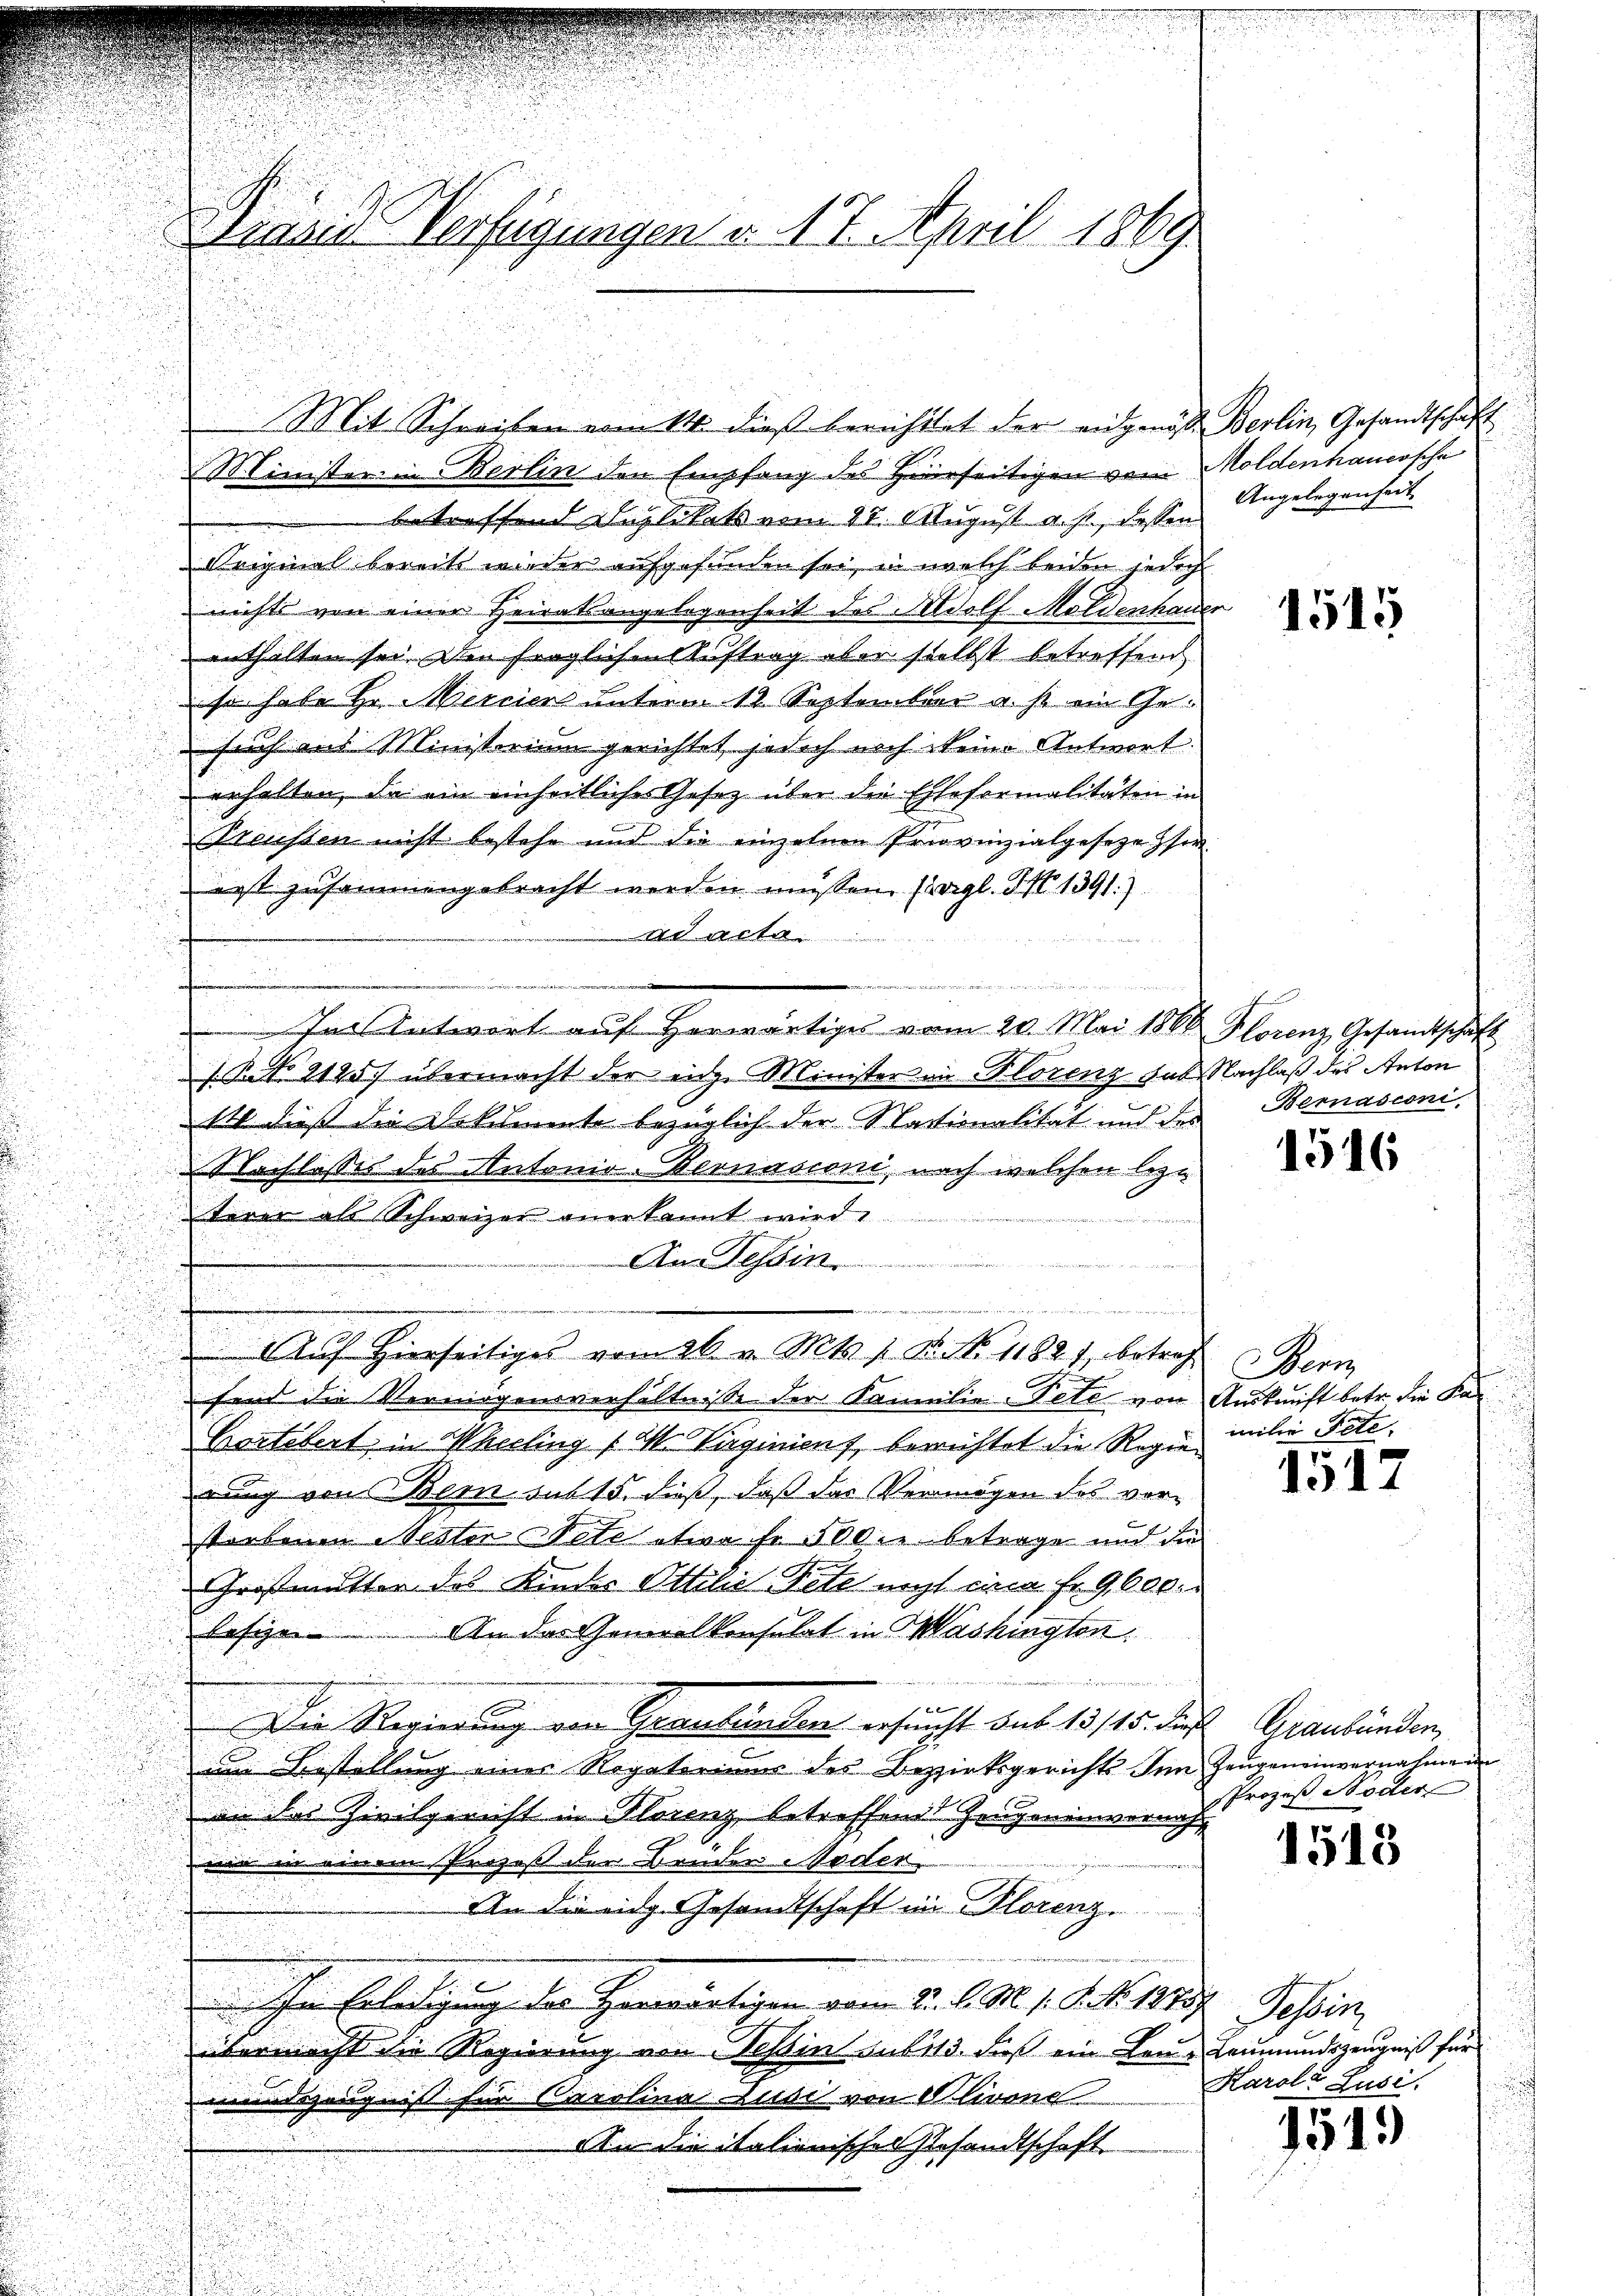
Mit Schreiben vom 14. dieß berichttet der eidgenöss. Berlin, Gesandtschaft
MMinister in Berlin den Empfang des Hierseitigen vom Moldenhauersche
betreffend Duplikats vom 28. August a. p., dessen
Original bereits wieder aufgefunden sei, in welch beiden jedoch
nichts von einer Heiratsangelegenheit des Adolf Moldenhauer
enthalten sei. Den fraglichen Auftrag aber selbst betreffend
so habe Hr. Mercier unterm 12. September a. s. ein Gesuch aus Ministerium gerichtet, jedoch noch keine Antwort.
erhalten, da ein einheitliches Gesetz über die Ehleformalitäten in
Preussen nicht bestehe und die einzelnen Priovinzialgeseze hererst zusammengebracht werden müssen. (vgl. S. 1391.)

t
u
n
In Antwort auf herwärtiges vom 20. Mai 1866 Florenz Gesandtschaft
NNo. 2125) übermacht der eiche Minister in Florenz das Nachlaß des Anton
14 dieß die Dokumente bezüglich der Stationalität und des
Nachlasses des Antonio-Bernasconi, nach welchen lezt
terer als Schweizer anerkannt wird.
f
G
An Tessin
Auf Hierseitiges vom 26. v. Mts. s. B. No. 11821, betref
fend die Vermögensverhältnisse der Kamilie Pete von Auskunft betr. die Ka¬
Cartebert, in Wheeling /M. Virginiens, berichtet die Regie¬
u
rung von Bern sub 15. dieß, daß das Vermögen des vorstorbenen Nestor Pete etwa Fr. 500 betrage und die
i
Grossmutter des Kindes Ottilie Pete nicht eina Fr. 9000.
An das Generalkonsulat in Mashington
lesigen |

Die Regierung von Graubünden ersucht sub 15/15. die Graubünden,
um Bestellung einer Segatoriums des Bezirksgerichts Inn Zeugeneinvernahmen
an des Civilgericht in Florenz betreffend Zeugeneinvernach
wir in einem Propos der Brüder Moder
An die eidg. Gesandtschaft im Plorenz.
In Erledigung der Herräutigen vom 2. d. M. h. N. N. 1109. Gesin
übermacht die Regierung von Tessin sub 113. daß ein Leue Leumundszeugniß für
mundszeugnis für Carolina und von Olivone
An die italienisches Gesandtschaft

Grand Verfügungen v. 17. April 1869

Angelegenheit

1515

Bemasconi,

1516

Bern
milie Pete

1517

Prozeß Noder

1518

Karole Zusi

1549